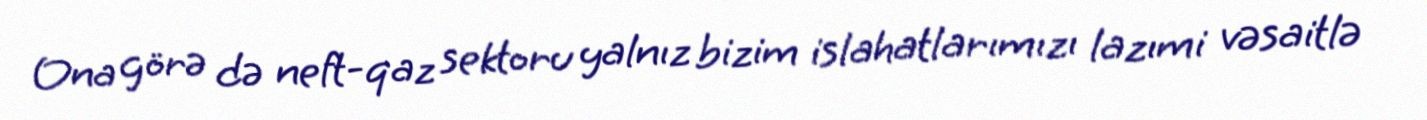
Ona görə də neft-qaz sektoru yalnız bizim islahatlarımızı lazımi vəsaitlə